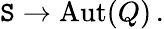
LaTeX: {\cal\mathtt{S}}\to\mathrm{{Aut}}(Q)\, .